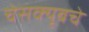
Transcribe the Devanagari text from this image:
चेसक्यूबचे